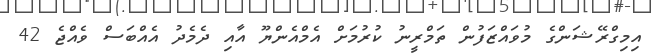
އިމިގްރޭޝަންގެ މުވައްޒަފުން ތަމްރީނު ކުރުމަށް އެމްއެންޔޫ އާއި ދެމެދު އެއްބަސް ވެއްޖެ 42